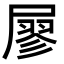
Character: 𡳇